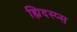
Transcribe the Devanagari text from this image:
ह्यिदस्प्स